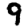
Digit: 9